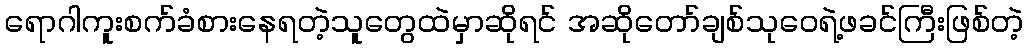
ရောဂါကူးစက်ခံစားနေရတဲ့သူတွေထဲမှာဆိုရင် အဆိုတော်ချစ်သုဝေရဲ့ဖခင်ကြီးဖြစ်တဲ့